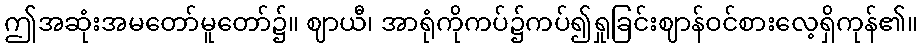
ဤအဆုံးအမတော်မူတော်၌။ ဈာယီ၊ အာရုံကိုကပ်၌ကပ်၍ရှုခြင်းဈာန်ဝင်စားလေ့ရှိကုန်၏။